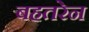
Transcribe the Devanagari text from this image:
बहतरेन